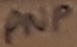
Text: PNP